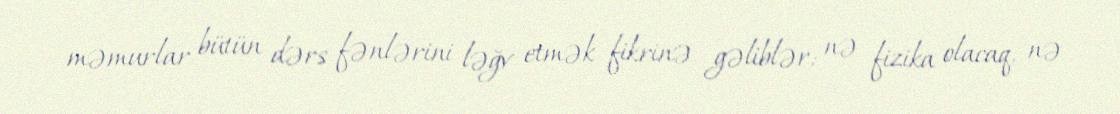
məmurlar bütün dərs fənlərini ləğv etmək fikrinə gəliblər: nə fizika olacaq, nə